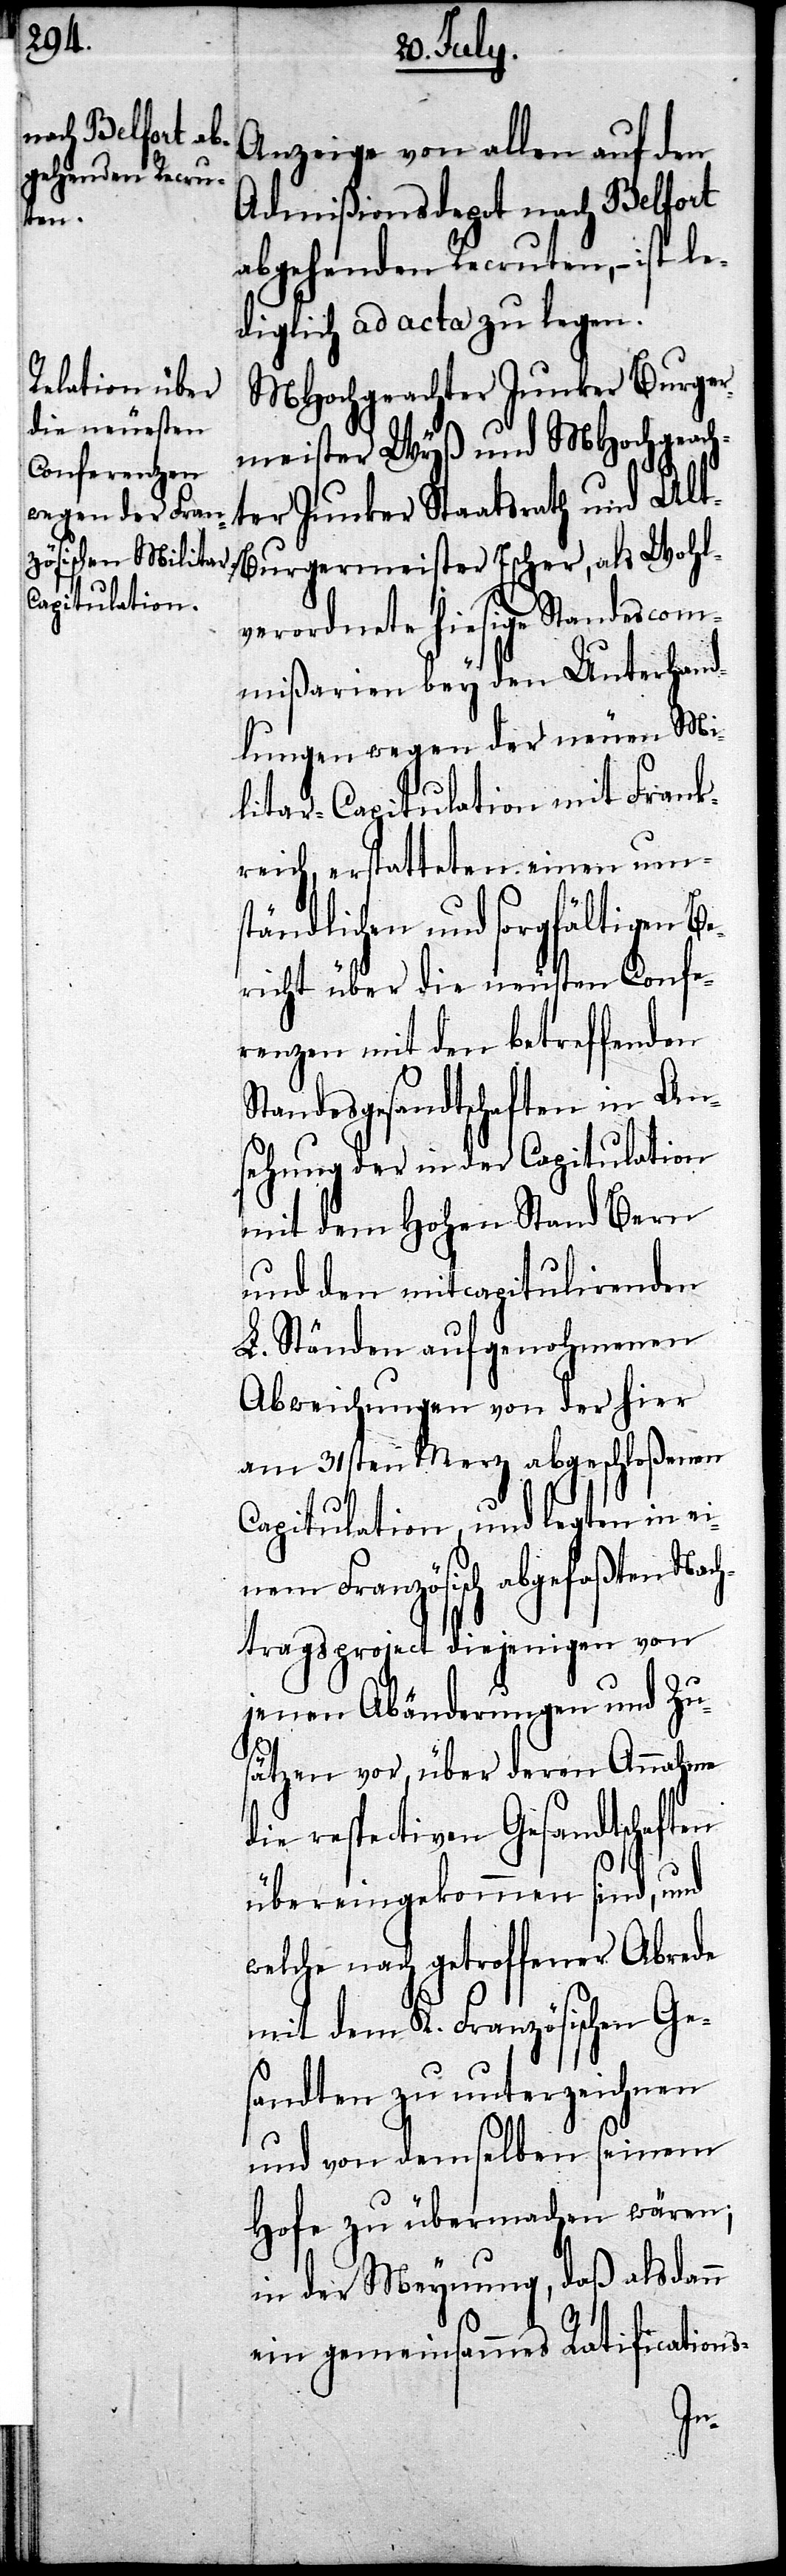
Anzeige von allen auf den
Admißionsdepot nach Belfort
abgehenden Recruten, – ist le¬
diglich ad acta zu legen.
MHochgeachter Junker Burger¬
meister Wyß und MHochgeach¬
ter Junker Staatsrath und Alt-B¬
urgermeister Escher, als Wohl¬
verordnete hiesige Standescom¬
mißarien bey den Unterhand¬
lungen wegen der neuen Mi¬
litar-Capitulation mit Frank¬
reich, erstatteten einen um¬
ständlichen und sorgfältigen Be¬
richt über die neusten Confe¬
renzen mit den betreffenden
Standesgesandtschaften in An¬
sehung der in der Capitulation
mit dem Hohen Stand Bern
und den mitcapitulirenden
L. Ständen aufgenohmenen
Abweichungen von der hier
am 31sten Merz abgeschloßenen
Capitulation, und legten in ei¬
nem Französisch abgefaßten Nac¬
htragsproject diejenigen von
jenen Abänderungen und Zu¬
sätzen vor, über deren Annahme
die respectiven Gesandtschaften
übereingekommen sind, und
welche nach getroffener Abrede
mit dem K. Französischen Ges¬
andten zu unterzeichnen
und von demselben seinem
Hofe zu übermachen wären;
in der Meynung, daß als dann
ein gemeinsammes Ratifications-